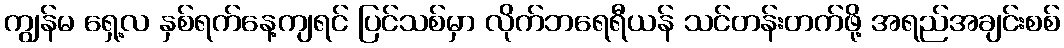
ကျွန်မ ရှေ့လ နှစ်ရက်နေ့ကျရင် ပြင်သစ်မှာ လိုက်ဘရေရီယန် သင်တန်းတက်ဖို့ အရည်အချင်းစစ်